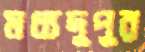
মধ্যদুপুর